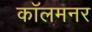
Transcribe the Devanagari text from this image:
कॉलमनर